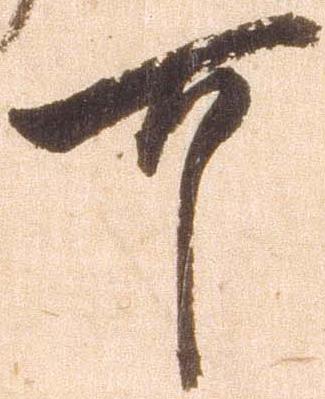
可